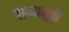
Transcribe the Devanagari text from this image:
चाव्यामुळे